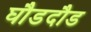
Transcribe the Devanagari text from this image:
घौडदौड